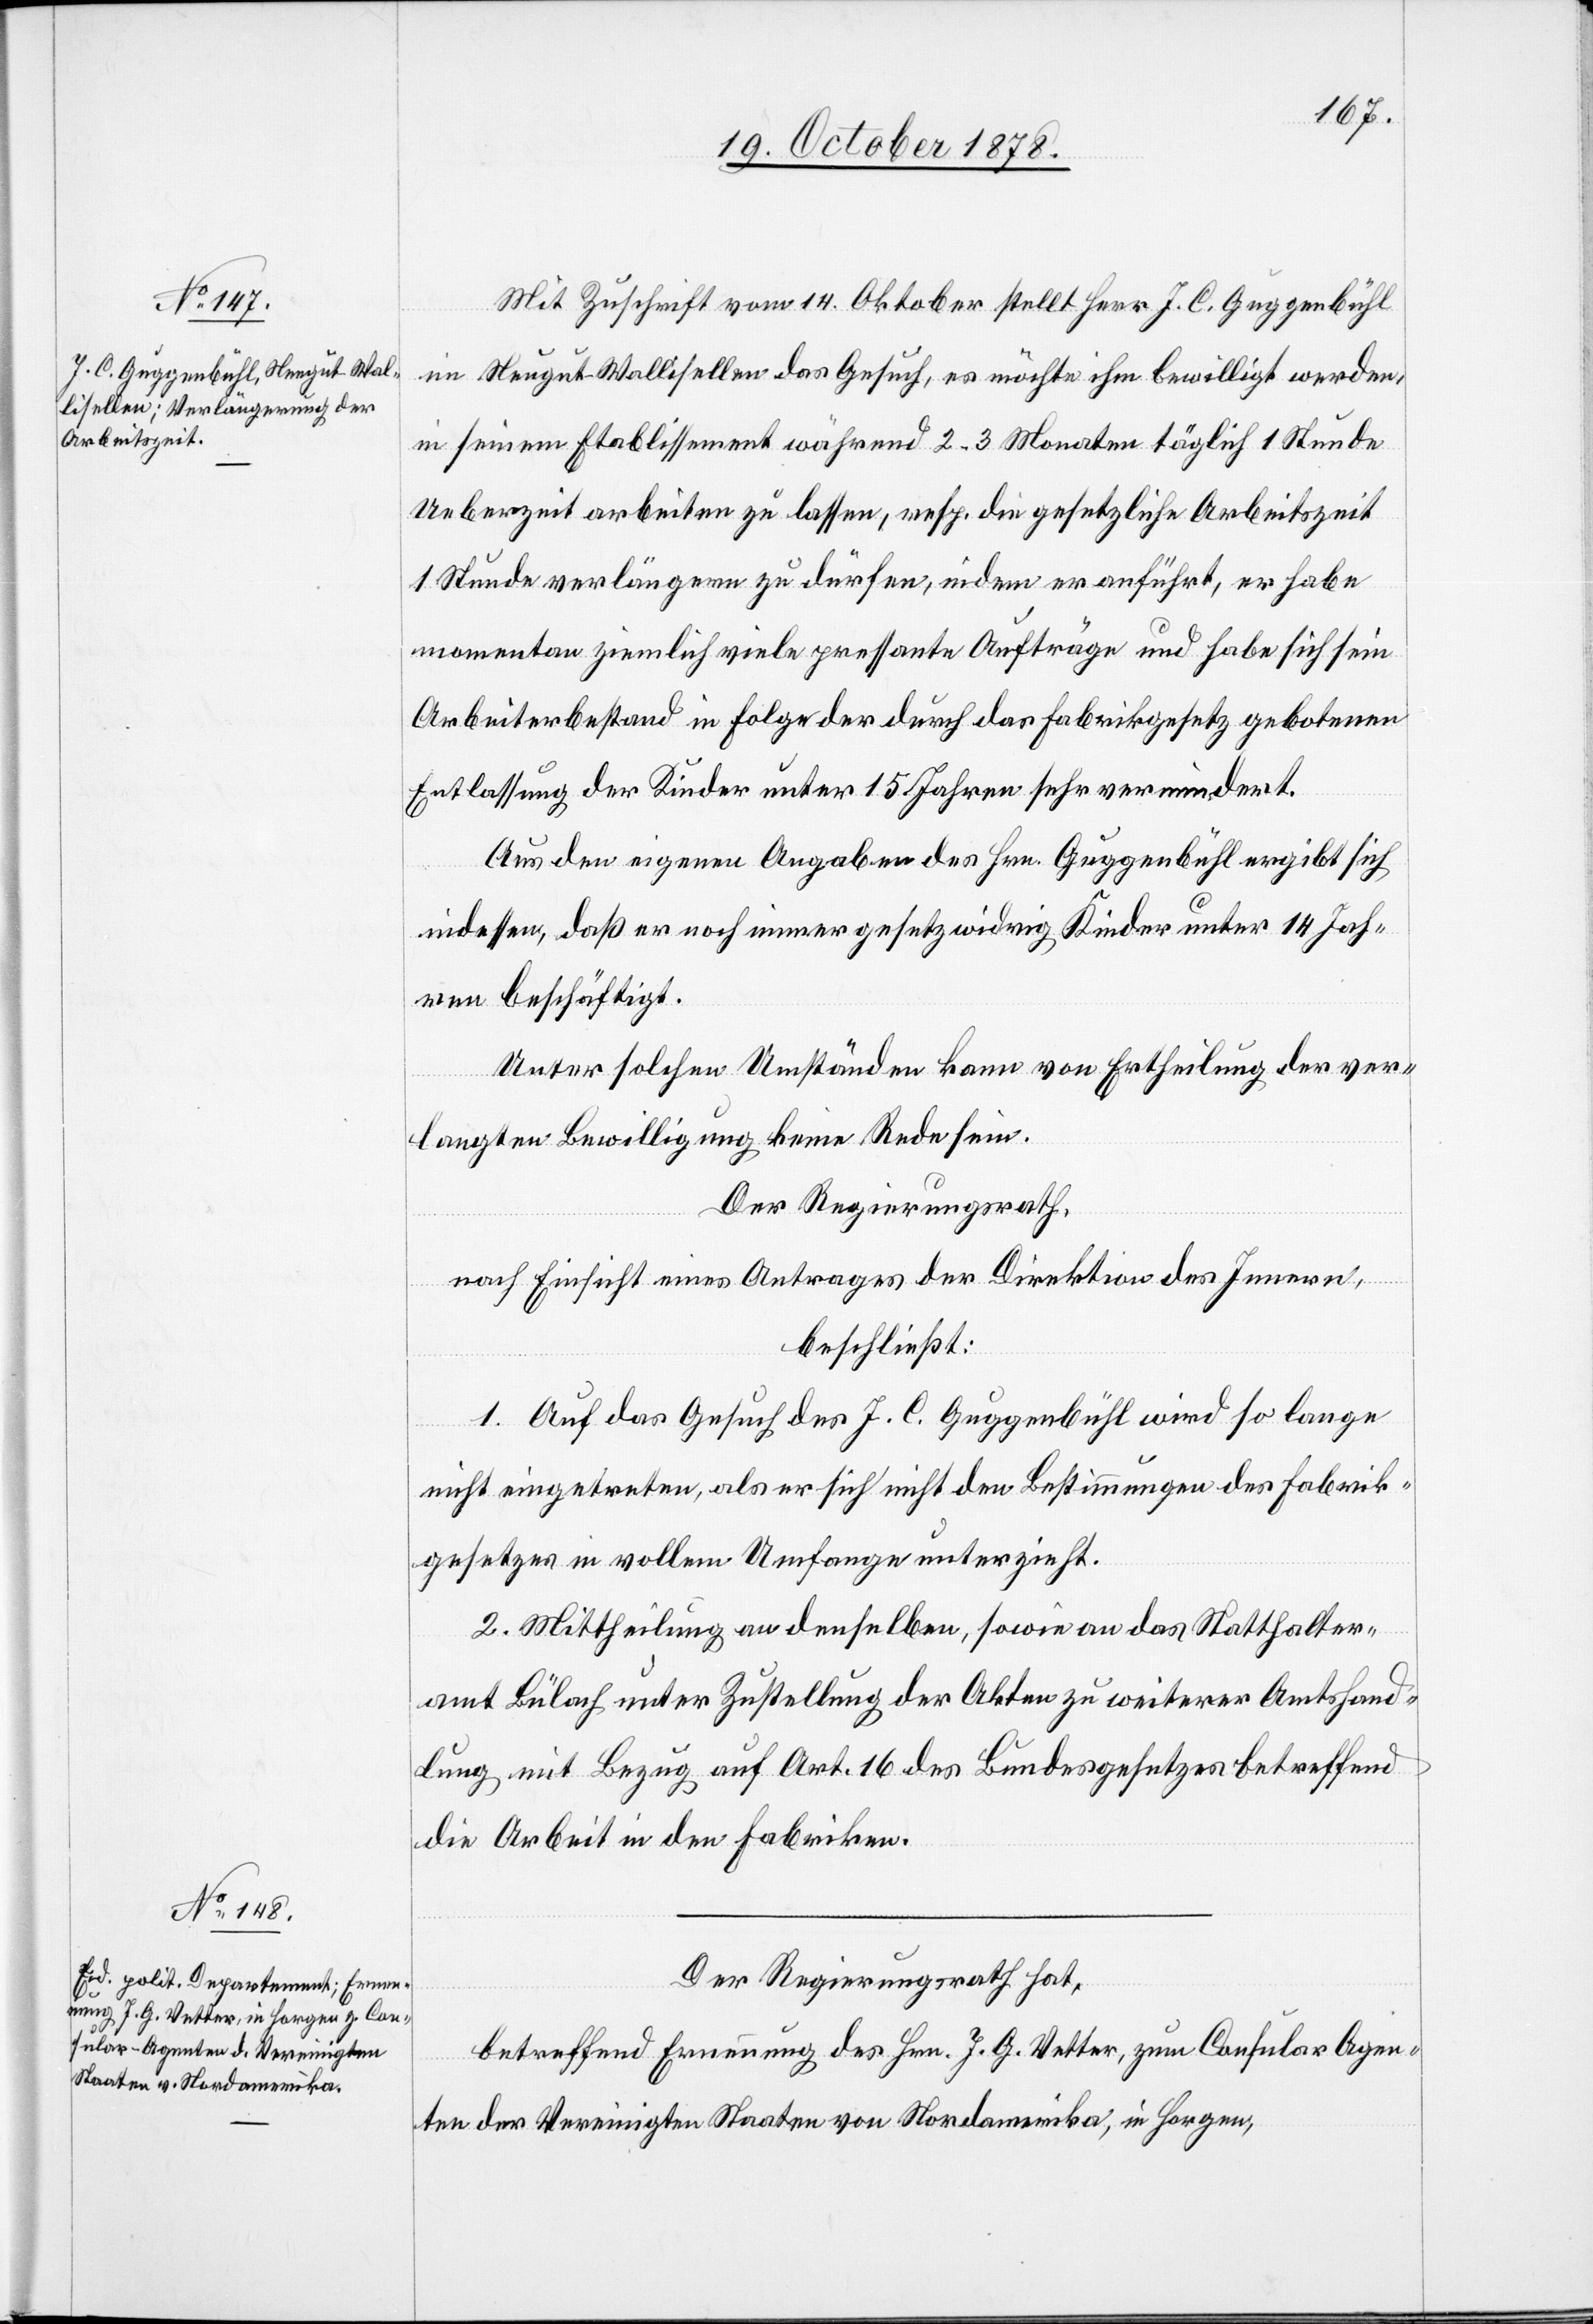
Mit Zuschrift vom 14. Oktober stellt Herr J. C. Guggenbühl
im Neugut - Wallisellen das Gesuch, es möchte ihm bewilligt werden,
in seinem Etablissement während 2–3 Monaten täglich 1 Stunde
Ueberzeit arbeiten zu lassen, resp. die gesetzliche Arbeitszeit
1 Stunde verlängern zu dürfen, indem er anführt, er habe
momentan ziemlich viele pressante Aufträge und habe sich sein
Arbeiterbestand in Folge der durch das Fabrikgesetz gebotenen
Entlassung der Kinder unter 15 Jahren sehr vermindert.
Aus den eigenen Angaben des Hrn. Guggenbühl ergibt sich
indessen, daß er noch immer gesetzwidrig Kinder unter 14 Jah¬
ren beschäftigt.
Unter solchen Umständen kann von Ertheilung der ver¬
langten Bewilligung keine Rede sein.
Der Regierungsrath,
nach Einsicht eines Antrages der Direktion des Innern,
beschließt:
1. Auf das Gesuch des J. C. Guggenbühl wird so lange
nicht eingetreten, als er sich nicht den Bestimmungen des Fabrik¬
gesetzes in vollem Umfange unterzieht.
2. Mittheilung an denselben, sowie an das Statthalter¬
amt Bülach unter Zustellung der Akten zu weiterer Amtshand¬
lung mit Bezug auf Art. 16 des Bundesgesetzes betreffend
die Arbeit in den Fabriken.
Der Regierungsrath hat,
betreffend Erneuerung des Hrn. J. G. Vetter, zum Consular Agen¬
ten der Vereinigten Staaten von Nordamerika, in Horgen,